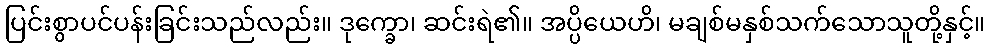
ပြင်းစွာပင်ပန်းခြင်းသည်လည်း။ ဒုက္ခော၊ ဆင်းရဲ၏။ အပ္ပိယေဟိ၊ မချစ်မနှစ်သက်သောသူတို့နှင့်။